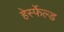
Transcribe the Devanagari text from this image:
हेर्स्फेल्ड